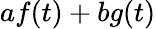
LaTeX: af(t)+bg(t)